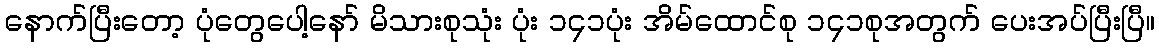
နောက်ပြီးတော့ ပုံတွေပေါ့နော် မိသားစုသုံး ပုံး ၁၄၁ပုံး အိမ်ထောင်စု ၁၄၁စုအတွက် ပေးအပ်ပြီးပြီ။